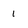
Character: 1